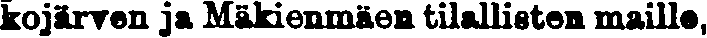
kojärven ja Mäkienmäen tilallisten maille,